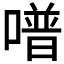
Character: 𠽾